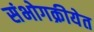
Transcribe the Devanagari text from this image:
संभोगक्रीयेत